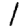
Digit: 1